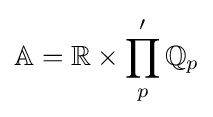
\mathbb {A} =\mathbb {R} \times \prod _{p}'\mathbb {Q} _{p}